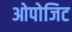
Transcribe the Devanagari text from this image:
ओपोजिट